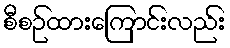
စီစဉ်ထားကြောင်းလည်း